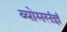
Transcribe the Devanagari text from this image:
व्योमसंज्ञं